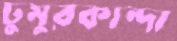
ঢুমুরকান্দা